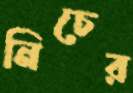
নিচের